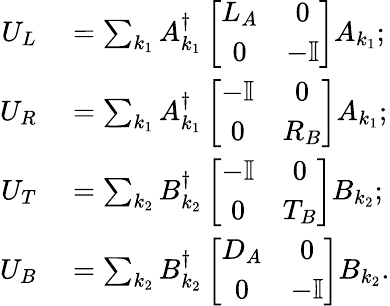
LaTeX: \begin{array}{rl}{U_{L}}&{{}=\sum_{k_{1}}A_{k_{1}}^{\dagger}\left[\begin{array}{cc}{L_{A}}&{0}\\ {0}&{-\mathbb{I}}\end{array}\right]A_{k_{1}};}\\ {U_{R}}&{{}=\sum_{k_{1}}A_{k_{1}}^{\dagger}\left[\begin{array}{cc}{-\mathbb{I}}&{0}\\ {0}&{R_{B}}\end{array}\right]A_{k_{1}};}\\ {U_{T}}&{{}=\sum_{k_{2}}B_{k_{2}}^{\dagger}\left[\begin{array}{cc}{-\mathbb{I}}&{0}\\ {0}&{T_{B}}\end{array}\right]B_{k_{2}};}\\ {U_{B}}&{{}=\sum_{k_{2}}B_{k_{2}}^{\dagger}\left[\begin{array}{cc}{D_{A}}&{0}\\ {0}&{-\mathbb{I}}\end{array}\right]B_{k_{2}}.}\end{array}